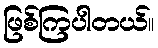
ဖြစ်ကြပါတယ်။